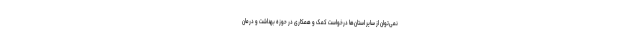
نمی‌توان از سایر استان‌ها درخواست کمک و همکاری در حوزه بهداشت و درمان